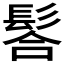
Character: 𩭆